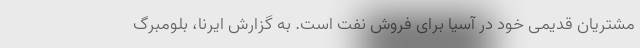
مشتریان قدیمی خود در آسیا برای فروش نفت است. به گزارش ایرنا، بلومبرگ